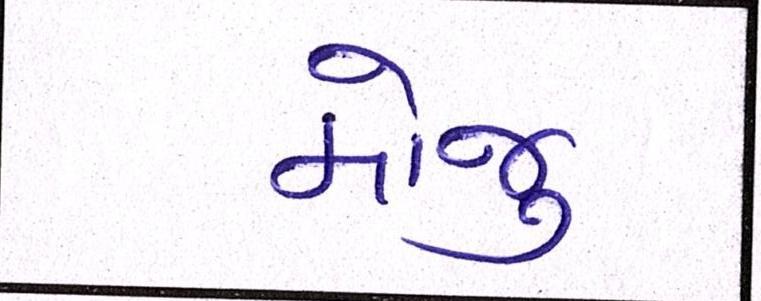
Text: મોજુ